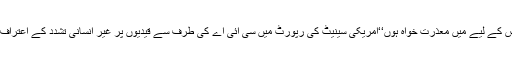
ان کا کہنا تھا کہ ’’یہ میری غلطی تھی کہ میں نے معصوم ڈاکٹر عافیہ کو امریکا کے حوالے کیا تھا جس کے لیے میں معذرت خواہ ہوں‘‘امریکی سینیٹ کی رپورٹ میں سی آئی اے کی طرف سے قیدیوں پر غیر انسانی تشدد کے اعتراف نے امریکا کے مکروہ چہرے پر پڑے انسان دوستی کے سنہرے نقاب کو ایک بار پھر نوچ پھینکا ہے۔